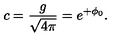
c = \frac { g } { \sqrt { 4 \pi } } = e ^ { + \phi _ { 0 } } .